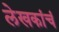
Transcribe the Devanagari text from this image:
लेखकांचं